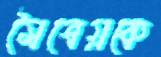
মৈত্রেয়কে